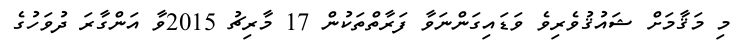
މި މަޤާމަށް ޝައުޤުވެރިވެ ވަޑައިގަންނަވާ ފަރާތްތަކުން 17 މާރިޗު 2015ވާ އަންގާރަ ދުވަހުގެ